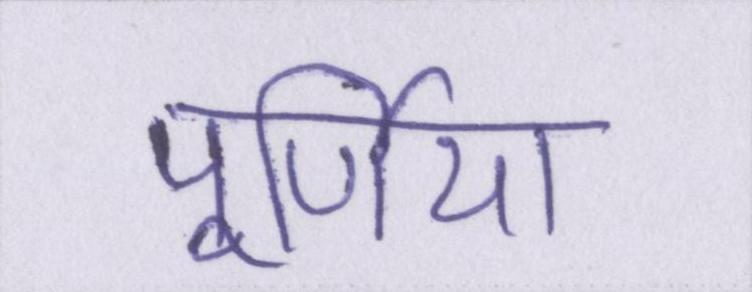
पूर्णिया